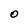
Character: O